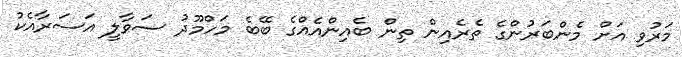
މަރުވި އަށް މެންބަރުންގެ ތެރެއިން ތިން ބެއިންއެއްގެ ބޭބެ މަހްމޫދު ސަވާލީ އަސަރާއެކު